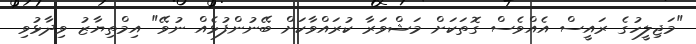
"މަޖިލީހުގެ ރައީސް އެއްވެސް ގޮތަކަށް މަޝްވަރާ ކުރައްވާކަށް ބޭނުންފުޅެއް ނުވޭ" އިމްތިޔާޒު ވިދާޅުވި